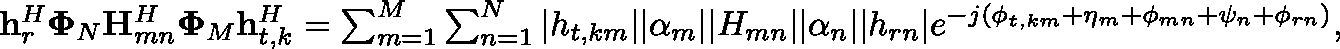
\begin{array} { r } { \mathbf { h } _ { r } ^ { H } \mathbf { \Phi } _ { N } \mathbf { H } _ { m n } ^ { H } \mathbf { \Phi } _ { M } \mathbf { h } _ { t , k } ^ { H } = \sum _ { m = 1 } ^ { M } \sum _ { n = 1 } ^ { N } | { h } _ { t , k m } | | \alpha _ { m } | | { H } _ { m n } | | \alpha _ { n } | | { h } _ { r n } | e ^ { - j ( \phi _ { t , k m } + \eta _ { m } + \phi _ { m n } + \psi _ { n } + \phi _ { r n } ) } , } \end{array}